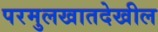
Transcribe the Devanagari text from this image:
परमुलखातदेखील